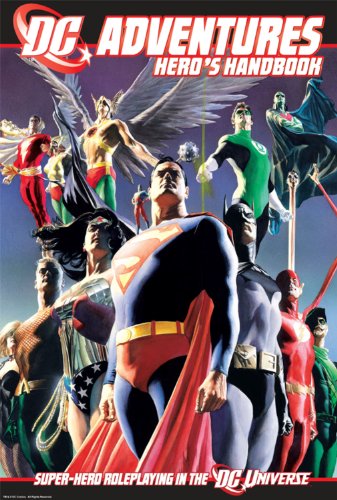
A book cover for DC Adventures Heroes Handbook; Steve Kenson; Science Fiction & Fantasy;